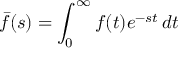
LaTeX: { \bar { f } } ( s ) = \int _ { 0 } ^ { \infty } f ( t ) e ^ { - s t } \, d t